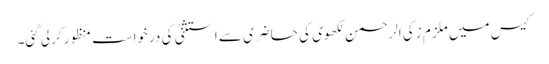
کیس میں ملزم زکی الرحمن لکھوی کی حاضری سے استثنیٰ کی درخواست منظور کرلی گئی۔